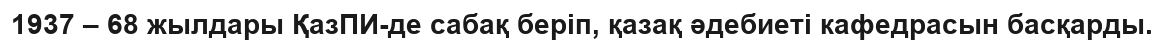
1937 – 68 жылдары ҚазПИ-де сабақ беріп, қазақ әдебиеті кафедрасын басқарды.